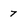
Character: 7